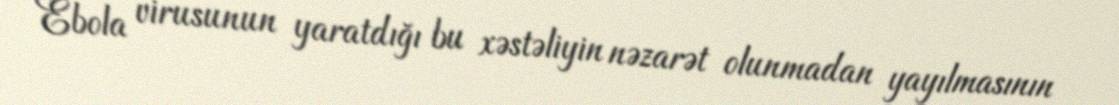
Ebola virusunun yaratdığı bu xəstəliyin nəzarət olunmadan yayılmasının